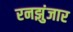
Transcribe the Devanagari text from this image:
रनझुंजार